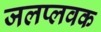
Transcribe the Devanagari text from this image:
जलप्लवक